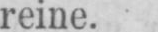
reine.